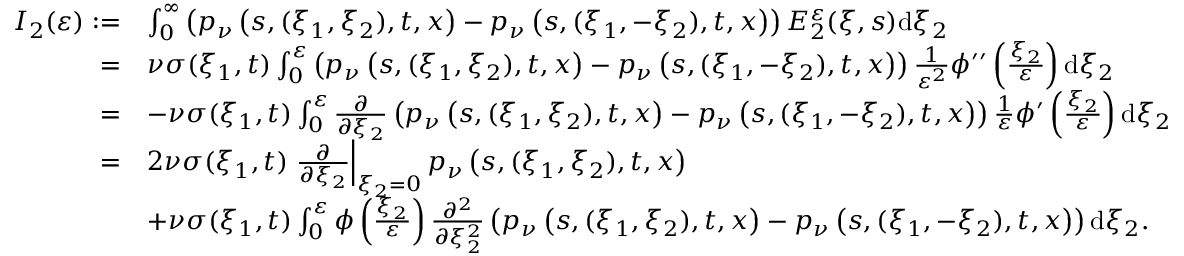
\begin{array} { r l } { I _ { 2 } ( \varepsilon ) : = } & { \int _ { 0 } ^ { \infty } \left( p _ { \nu } \left( s , ( \xi _ { 1 } , \xi _ { 2 } ) , t , x \right) - p _ { \nu } \left( s , ( \xi _ { 1 } , - \xi _ { 2 } ) , t , x \right) \right) E _ { 2 } ^ { \varepsilon } ( \xi , s ) \mathrm { d } \xi _ { 2 } } \\ { = } & { \nu \sigma ( \xi _ { 1 } , t ) \int _ { 0 } ^ { \varepsilon } \left( p _ { \nu } \left( s , ( \xi _ { 1 } , \xi _ { 2 } ) , t , x \right) - p _ { \nu } \left( s , ( \xi _ { 1 } , - \xi _ { 2 } ) , t , x \right) \right) \frac { 1 } { \varepsilon ^ { 2 } } \phi ^ { \prime \prime } \left( \frac { \xi _ { 2 } } { \varepsilon } \right) \mathrm { d } \xi _ { 2 } } \\ { = } & { - \nu \sigma ( \xi _ { 1 } , t ) \int _ { 0 } ^ { \varepsilon } \frac { \partial } { \partial \xi _ { 2 } } \left( p _ { \nu } \left( s , ( \xi _ { 1 } , \xi _ { 2 } ) , t , x \right) - p _ { \nu } \left( s , ( \xi _ { 1 } , - \xi _ { 2 } ) , t , x \right) \right) \frac { 1 } { \varepsilon } \phi ^ { \prime } \left( \frac { \xi _ { 2 } } { \varepsilon } \right) \mathrm { d } \xi _ { 2 } } \\ { = } & { 2 \nu \sigma ( \xi _ { 1 } , t ) \left. \frac { \partial } { \partial \xi _ { 2 } } \right| _ { \xi _ { 2 } = 0 } p _ { \nu } \left( s , ( \xi _ { 1 } , \xi _ { 2 } ) , t , x \right) } \\ & { + \nu \sigma ( \xi _ { 1 } , t ) \int _ { 0 } ^ { \varepsilon } \phi \left( \frac { \xi _ { 2 } } { \varepsilon } \right) \frac { \partial ^ { 2 } } { \partial \xi _ { 2 } ^ { 2 } } \left( p _ { \nu } \left( s , ( \xi _ { 1 } , \xi _ { 2 } ) , t , x \right) - p _ { \nu } \left( s , ( \xi _ { 1 } , - \xi _ { 2 } ) , t , x \right) \right) \mathrm { d } \xi _ { 2 } . } \end{array}